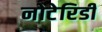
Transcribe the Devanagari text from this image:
नोटेरिडी